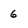
Character: 6